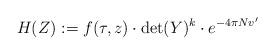
LaTeX: \begin{align*}H(Z):= f(\tau,z)\cdot \det(Y)^k\cdot e^{-4\pi Nv'}\end{align*}